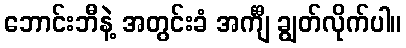
ဘောင်းဘီနဲ့ အတွင်းခံ အင်္ကျီ ချွတ်လိုက်ပါ။